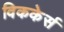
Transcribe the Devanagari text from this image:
विककेर्स